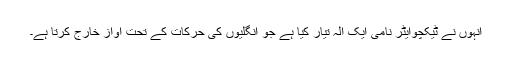
انہوں نے ٹیکچوایٹر نامی ایک آلہ تیار کیا ہے جو انگلیوں کی حرکات کے تحت آواز خارج کرتا ہے۔